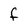
Character: f